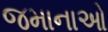
જમાનાઓ